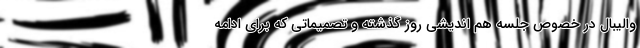
والیبال در خصوص جلسه هم اندیشی روز گذشته و تصمیماتی که برای ادامه